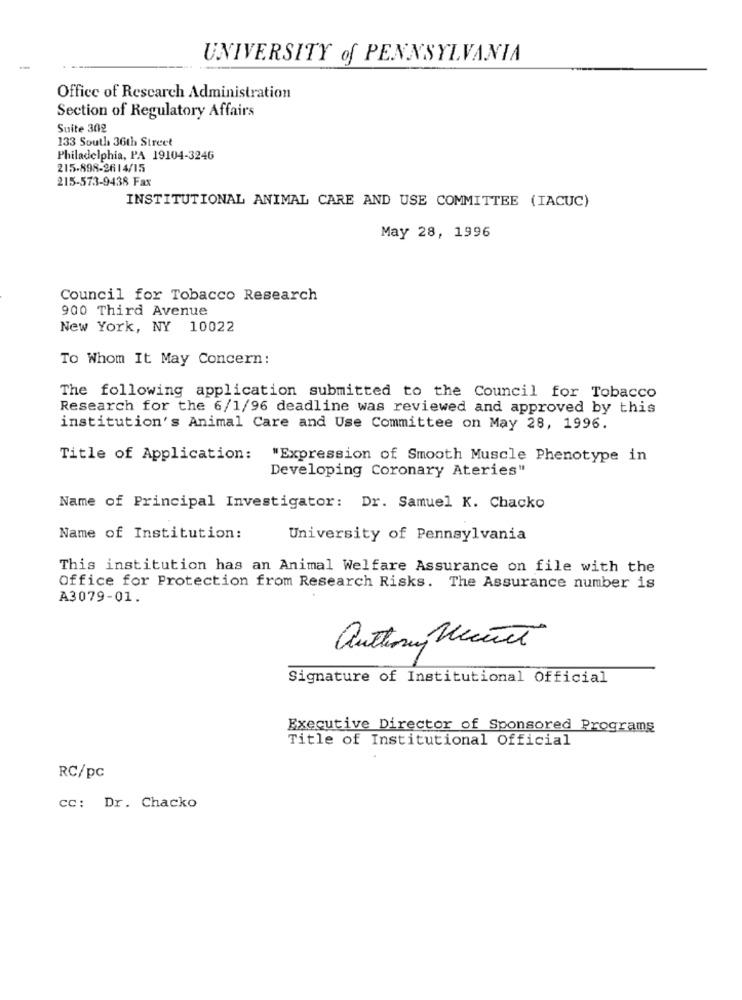
UNIVERSITY of PENNSYLVANIA
-
Office of Rescarch Administration
Section of Regulatory Affairs
Suite 302
133 South 36th Street
Philadelphia, PA 19104-3246
215-898-2614/15
215-573-9438 Fax
INSTITUTIONAL ANIMAL CARE AND USE COMMITTEE (IACUC)
May 28, 1996
Council for Tobacco Research
900 Third Avenue
New York, NY 10022
To Whom It May Concern:
The following application submitted to the Council for Tobacco
Research for the 6/1/96 deadline was reviewed and approved by this
institution's Animal Care and Use Committee on May 28, 1996.
Title of Application:
"Expression of Smooth Muscle Phenotype in
Developing Coronary Ateries"
Name of Principal Investigator: Dr. Samuel K. Chacko
Name of Institution:
University of Pennsylvania
This institution has an Animal Welfare Assurance on file with the
Office for Protection from Research Risks. The Assurance number is
A3079-01.
authormy Secret
Signature of Institutional Official
Executive Director of Sponsored Programs
Title of Institutional Official
RC/pc
cc: Dr. Chacko